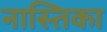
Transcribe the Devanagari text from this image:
नास्तिका